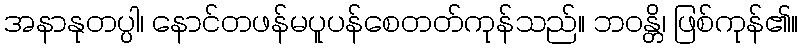
အနာနုတပ္ပါ၊ နောင်တဖန်မပူပန်စေတတ်ကုန်သည်။ ဘဝန္တိ၊ ဖြစ်ကုန်၏။